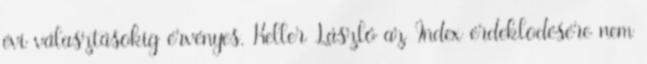
évi választásokig érvényes. Keller László az Index érdeklõdésére nem